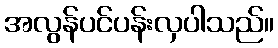
အလွန်ပင်ပန်းလှပါသည်။